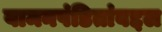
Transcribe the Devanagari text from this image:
वामनपंडितांबद्दल